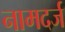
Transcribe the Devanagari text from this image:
नामदर्ज